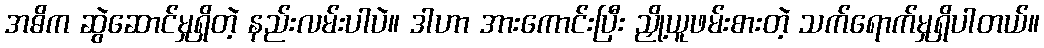
အဓိက ဆွဲဆောင်မှုရှိတဲ့ နည်းလမ်းပါပဲ။ ဒါဟာ အားကောင်းပြီး ညှို့ယူဖမ်းစားတဲ့ သက်ရောက်မှုရှိပါတယ်။